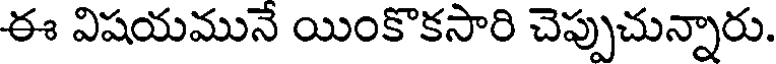
ఈ విషయమునే యింకొకసారి చెప్పుచున్నారు.